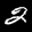
Label: 2